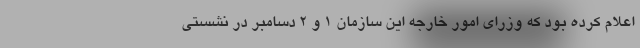
اعلام کرده بود که وزرای امور خارجه این سازمان ۱ و ۲ دسامبر در نشستی